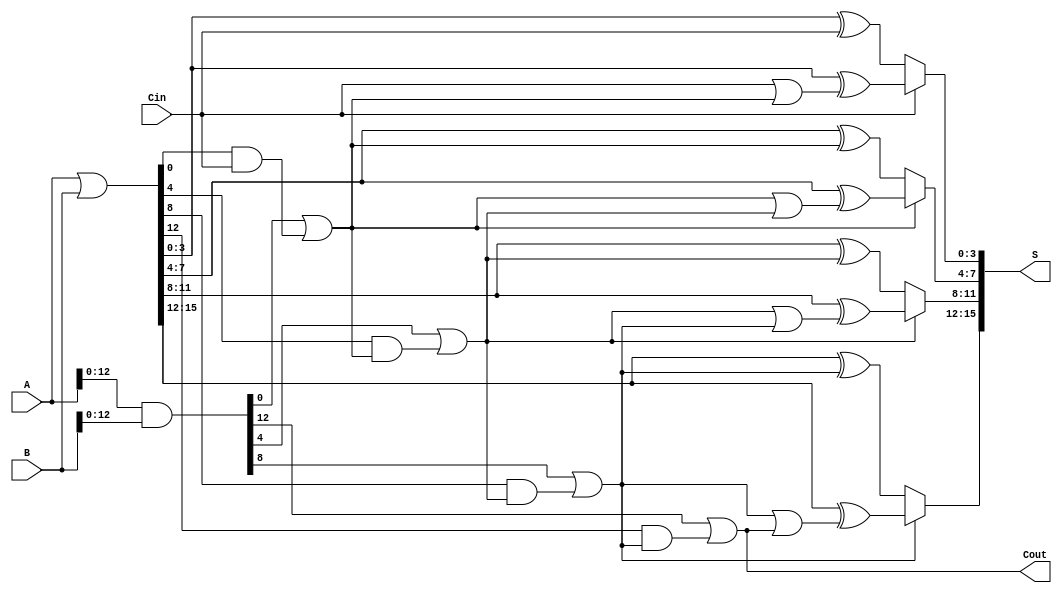
module CSPA #(parameter N = 16, parameter K = 4) (
    input [N-1:0] A,
    input [N-1:0] B,
    input Cin,
    output [N-1:0] S,
    output Cout
);

    // Number of blocks
    localparam NUM_BLOCKS = N / K;

    // Generate and Propagate signals
    wire [N-1:0] G; // Generate
    wire [N-1:0] P; // Propagate
    wire [NUM_BLOCKS-1:0] C; // Carry for each block
    wire [NUM_BLOCKS:0] C_temp; // Carry for each block including Cin

    // Generate and Propagate calculations
    assign G = A & B;
    assign P = A | B;

    // Carry computation using prefix tree
    assign C_temp[0] = Cin; // Initial carry-in

    genvar i;
    generate
        for (i = 0; i < NUM_BLOCKS; i = i + 1) begin : carry_gen
            if (i == 0) begin
                assign C[i] = G[K*i] | (P[K*i] & C_temp[i]);
            end else begin
                assign C[i] = G[K*i] | (P[K*i] & C[i-1]);
            end
            assign C_temp[i+1] = C[i];
        end
    endgenerate

    // Sum calculation
    wire [N-1:0] S0; // Sum assuming carry-in is 0
    wire [N-1:0] S1; // Sum assuming carry-in is 1

    generate
        for (i = 0; i < NUM_BLOCKS; i = i + 1) begin : sum_calc
            assign S0[K*i +: K] = P[K*i +: K] ^ C_temp[i]; // Sum with carry-in 0
            assign S1[K*i +: K] = P[K*i +: K] ^ (C_temp[i] | C[i]); // Sum with carry-in 1
        end
    endgenerate

    // Final sum selection using multiplexers
    generate
        for (i = 0; i < NUM_BLOCKS; i = i + 1) begin : mux_select
            assign S[K*i +: K] = C_temp[i] ? S1[K*i +: K] : S0[K*i +: K];
        end
    endgenerate

    // Final carry-out
    assign Cout = C[NUM_BLOCKS-1];

endmodule